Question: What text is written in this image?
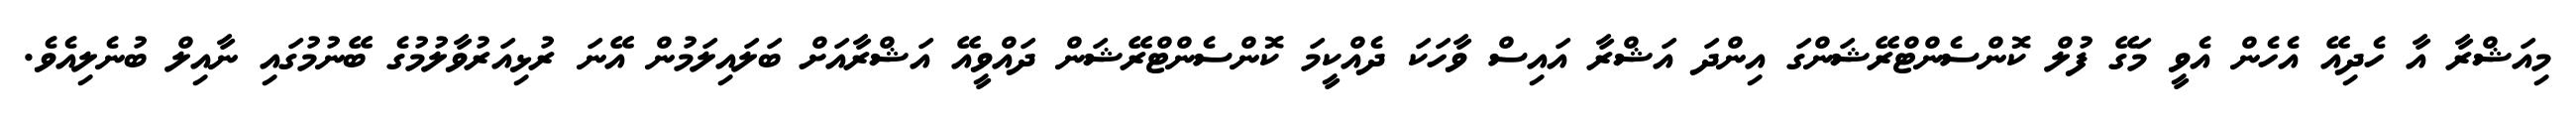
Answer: މިއަޝްރާ އާ ހެދިއޭ އެހެން އެވީ މަގޭ ފުލް ކޮންސެންޓްރޭޝަންގަ އިންދަ އަޝްރާ އައިސް ވާހަކަ ދެއްކީމަ ކޮންސެންޓްރޭޝަން ދައްވީއޭ އަޝްރާއަށް ބަލައިލަމުން އޭނަ ރުޅިއަރުވާލުމުގެ ބޭނުމުގައި ނާއިލް ބުނެލިއެވެ.